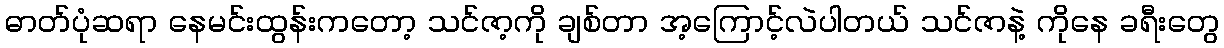
ဓာတ်ပုံဆရာ နေမင်းထွန်းကတော့ သင်ဇာ့ကို ချစ်တာ အ့ကြောင့်လဲပါတယ် သင်ဇာနဲ့ ကိုနေ ခရီးတွေ